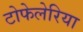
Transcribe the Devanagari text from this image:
टोफेलेरिया